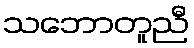
သဘောတူညီ